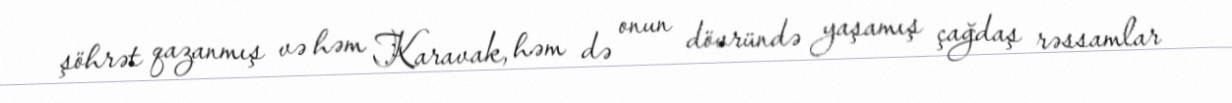
şöhrət qazanmış və həm Karavak, həm də onun dövründə yaşamış çağdaş rəssamlar